Civil Veterinary Dept. Bombay admin report 1914-1922 - 1914-1922
Year: 1914
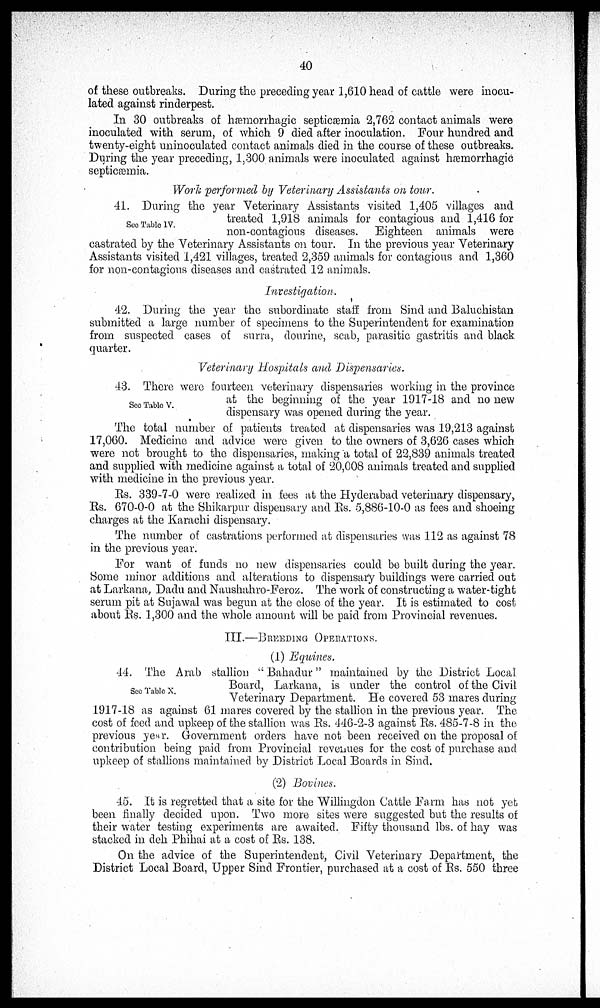
40
of these outbreaks. During the preceding year 1,610 head of cattle were inocu-
lated against rinderpest.
In 30 outbreaks of hæmorrhagic septicæmia 2,762 contact animals were
inoculated with serum, of which 9 died after inoculation. Four hundred and
twenty-eight uninoculated contact animals died in the course of these outbreaks.
During the year preceding, 1,300 animals were inoculated against hæmorrhagic Septicæmia.
Work performed by Veterinary Assistants on tour.
See Table IV.
41. During the year Veterinary Assistants visited 1,405 villages and
treated 1,918 animals for contagious and 1,416 for
non-contagious diseases. Eighteen animals were
castrated by the Veterinary Assistants on tour. In the previous year Veterinary
Assistants visited 1,421 villages, treated 2,359 animals for contagious and 1,360
for non-contagious diseases and castrated 12 animals.
Investigation.
42. During the year the subordinate staff from Sind and Baluchistan
submitted a large number of specimens to the Superintendent for examination
from suspected cases of surra, dourine, scab, parasitic gastritis and black
quarter.
Veterinary Hospitals and Dispensaries.
See Table V.
43. There were fourteen veterinary dispensaries working in the province
at the beginning of the year 1917-18 and no new
dispensary was opened during the year.
The total number of patients treated at dispensaries was 19,213 against
17,060. Medicine and advice were given to the owners of 3,626 cases which
were not brought to the dispensaries, making a total of 22,839 animals treated
and supplied with medicine against a total of 20,008 animals treated and supplied
with medicine in the previous year.
Rs. 339-7-0 were realized in fees at the Hyderabad veterinary dispensary,
charges at the Karachi dispensary.
The number of castrations performed at dispensaries was 112 as against 78
in the previous year.
For want of funds no new dispensaries could be built during the year.
Some minor additions and alterations to dispensary buildings were carried out
at Larkana, Dadu and Naushahro-Feroz. The work of constructing a water-tight
serum pit at Sujawal was begun at the close of the year. It is estimated to cost
about Rs. 1,300 and the whole amount will be paid from Provincial revenues.
III.—BREEDING OPERATIONS.
(1) Equines.
See Table X.
44. The Arab stallion " Bahadur" maintained by the District Local
Board, Larkana, is under the control of the Civil
Veterinary Department. He covered 53 mares during
1917-18 as against 61 mares covered by the stallion in the previous year. The
cost of feed and upkeep of the stallion was Rs. 446-2-3 against Rs. 485-7-8 in the
previous year. Government orders have not been received on the proposal of
contribution being paid from Provincial revenues for the cost of purchase and
upkeep of stallions maintained by District Local Boards in Sind.
(2) Bovines.
45. It is regretted that a site for the Willingdon Cattle Farm has not yet
been finally decided upon. Two more sites were suggested but the results of
their water testing experiments are awaited. Fifty thousand lbs. of hay was
stacked in deh Phihai at a cost of Rs. 138.
On the advice of the Superintendent, Civil Veterinary Department, the
District Local Board, Upper Sind Frontier, purchased at a cost of Rs. 550 three